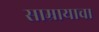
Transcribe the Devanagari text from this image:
साम्रायाचा